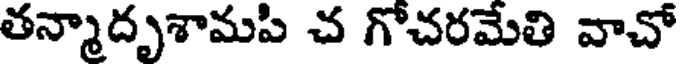
తన్మాదృశామపి చ గోచరమేతి వాచో